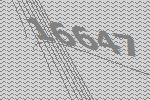
16647